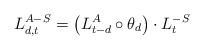
LaTeX: \begin{align*}L^{A-S}_{d,t} = \left( L^{A}_{t-d} \circ \theta_{d} \right) \cdot L^{-S}_{t}\end{align*}